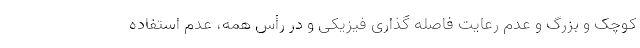
کوچک و بزرگ و عدم رعایت فاصله گذاری فیزیکی و در رأس همه، عدم استفاده